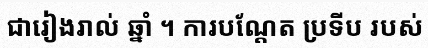
ជារៀងរាល់ ឆ្នាំ ។ ការបណ្តែត ប្រទីប របស់